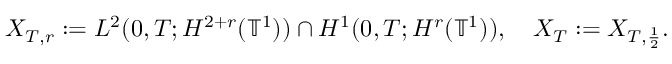
\begin{array} { r } { X _ { T , r } : = L ^ { 2 } ( 0 , T ; H ^ { 2 + r } ( \ensuremath { \mathbb { T } } ^ { 1 } ) ) \cap H ^ { 1 } ( 0 , T ; H ^ { r } ( \ensuremath { \mathbb { T } } ^ { 1 } ) ) , \quad X _ { T } : = X _ { T , \frac { 1 } { 2 } } . } \end{array}